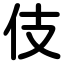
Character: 伎